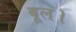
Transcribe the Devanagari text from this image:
बूल।